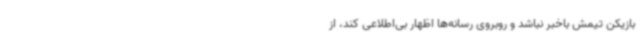
بازیکن تیمش باخبر نباشد و روبروی رسانه‌ها اظهار بی‌اطلاعی کند، از